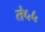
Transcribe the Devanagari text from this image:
ते५५